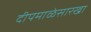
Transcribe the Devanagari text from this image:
दीपमाळेसारखा